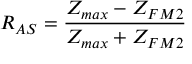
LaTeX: R _ { A S } = \frac { Z _ { m a x } - Z _ { F M 2 } } { Z _ { m a x } + Z _ { F M 2 } }